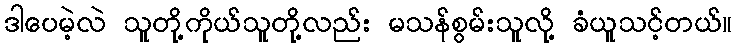
ဒါပေမဲ့လဲ သူတို့ကိုယ်သူတို့လည်း မသန်စွမ်းသူလို့ ခံယူသင့်တယ်။